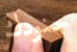
جنودك